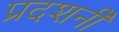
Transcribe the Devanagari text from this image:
प्रदशर्नी